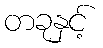
တခုနှင့်